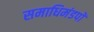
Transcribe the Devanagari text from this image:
समाधिमंडपों